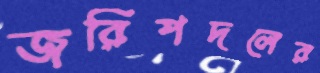
জরিপদলের